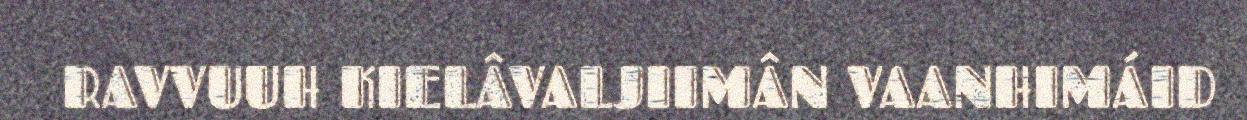
RAVVUUH KIELÂVALJIIMÂN VAANHIMÁID